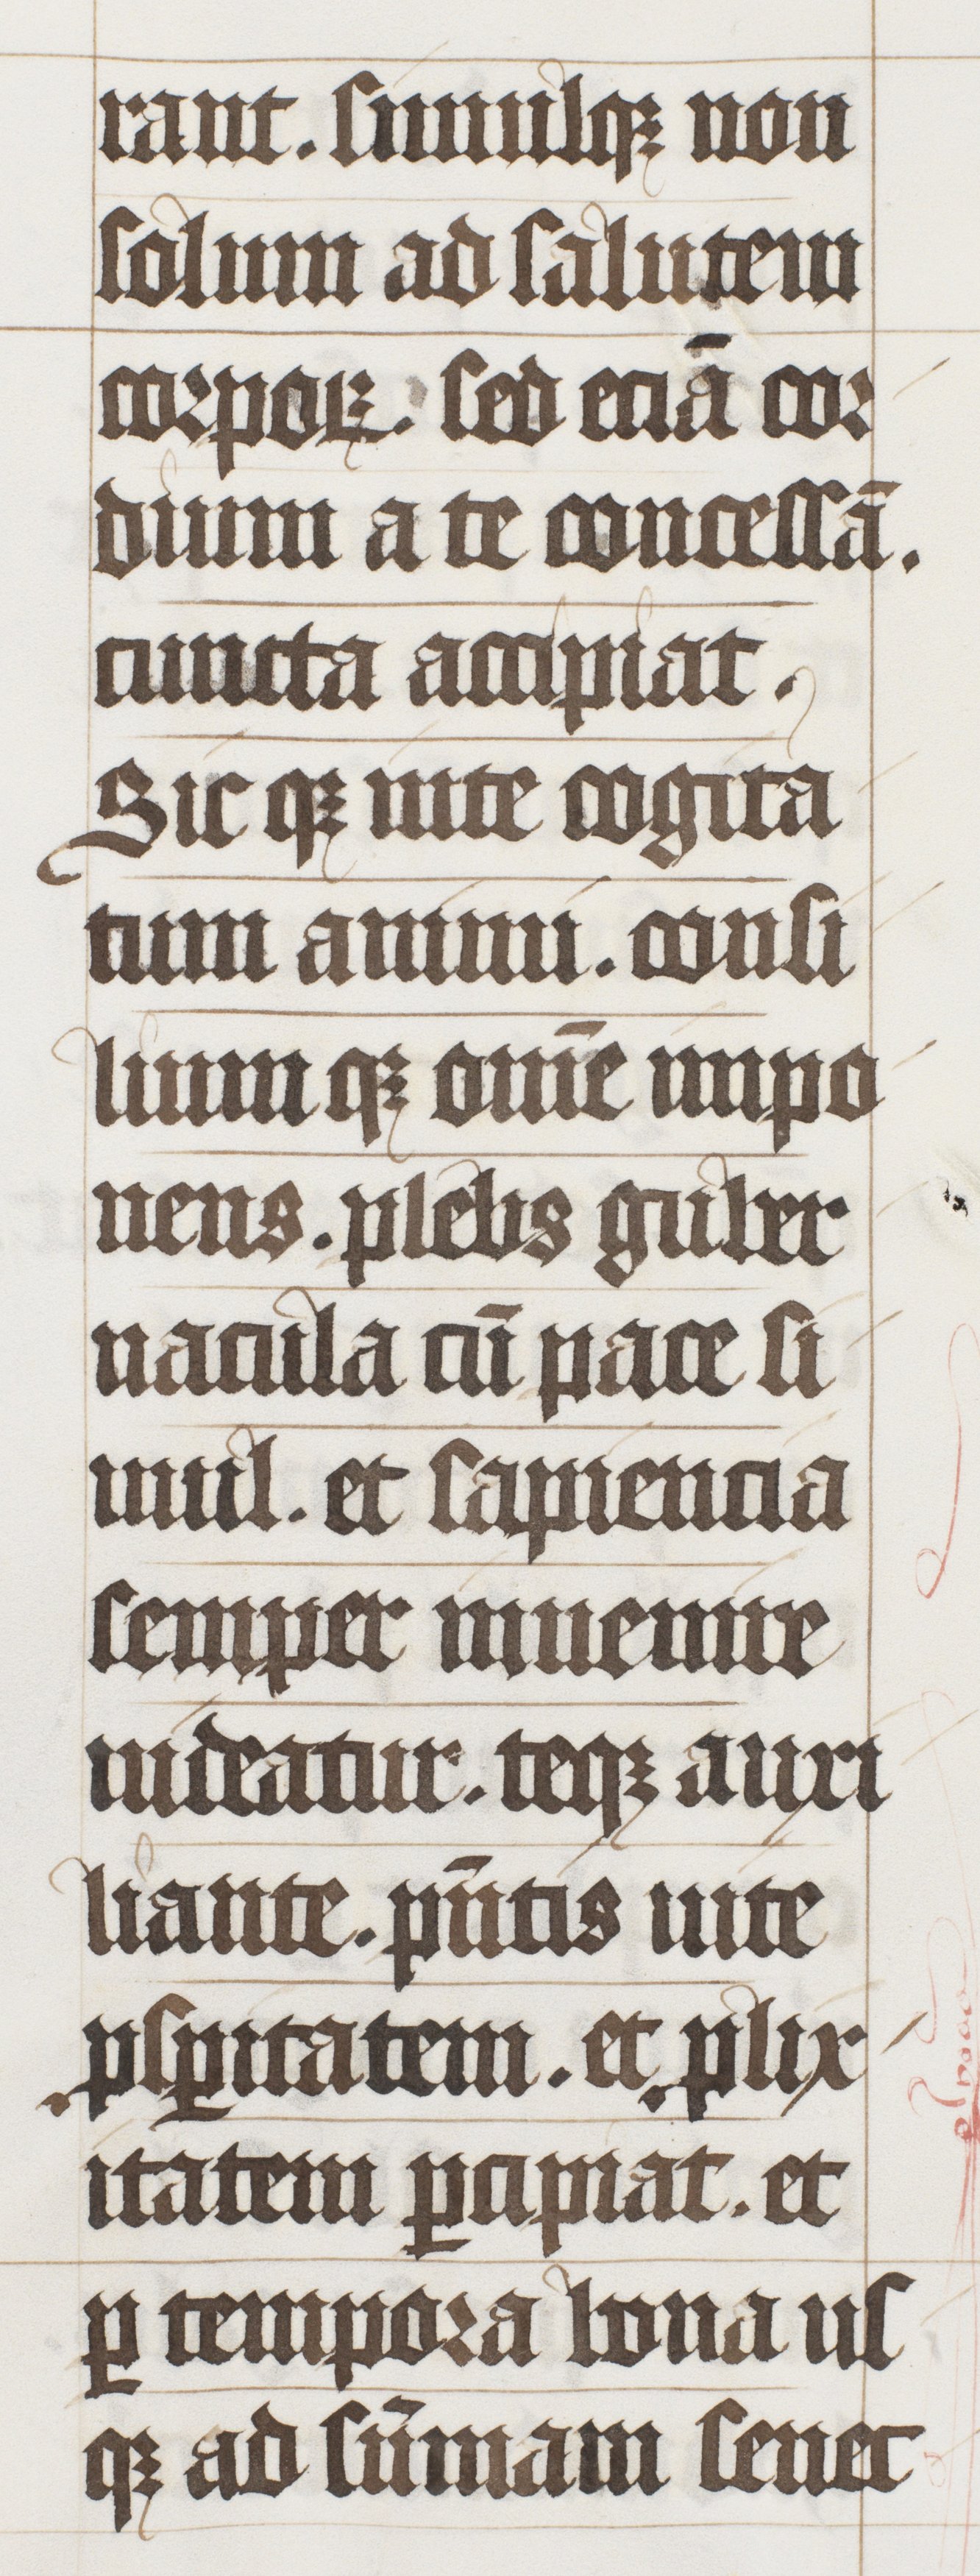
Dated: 1447–1478